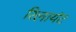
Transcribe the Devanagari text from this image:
रिलायंट